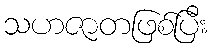
သဟဇာတဖြစ်ပြီး